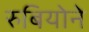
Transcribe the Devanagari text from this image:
रुबियोने